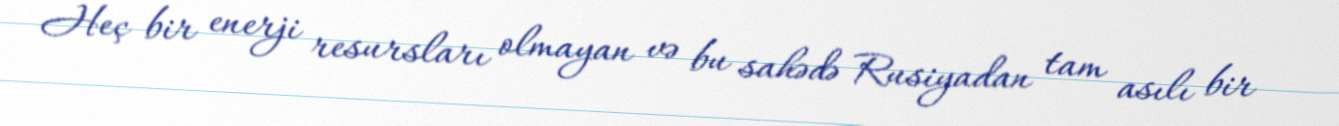
Heç bir enerji resursları olmayan və bu sahədə Rusiyadan tam asılı bir